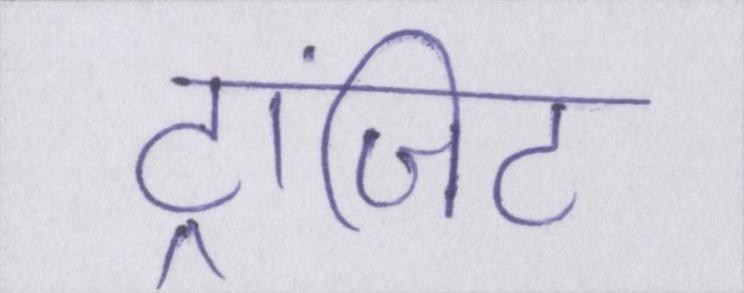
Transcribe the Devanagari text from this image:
ट्रांज़िट